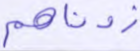
زدناهم